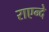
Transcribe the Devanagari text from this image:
राएन्दे